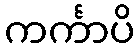
ကင်္ကာပိ